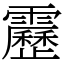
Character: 靂